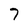
Character: 7